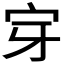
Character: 𭓟